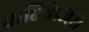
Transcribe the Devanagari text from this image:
चाहिये।जैसे